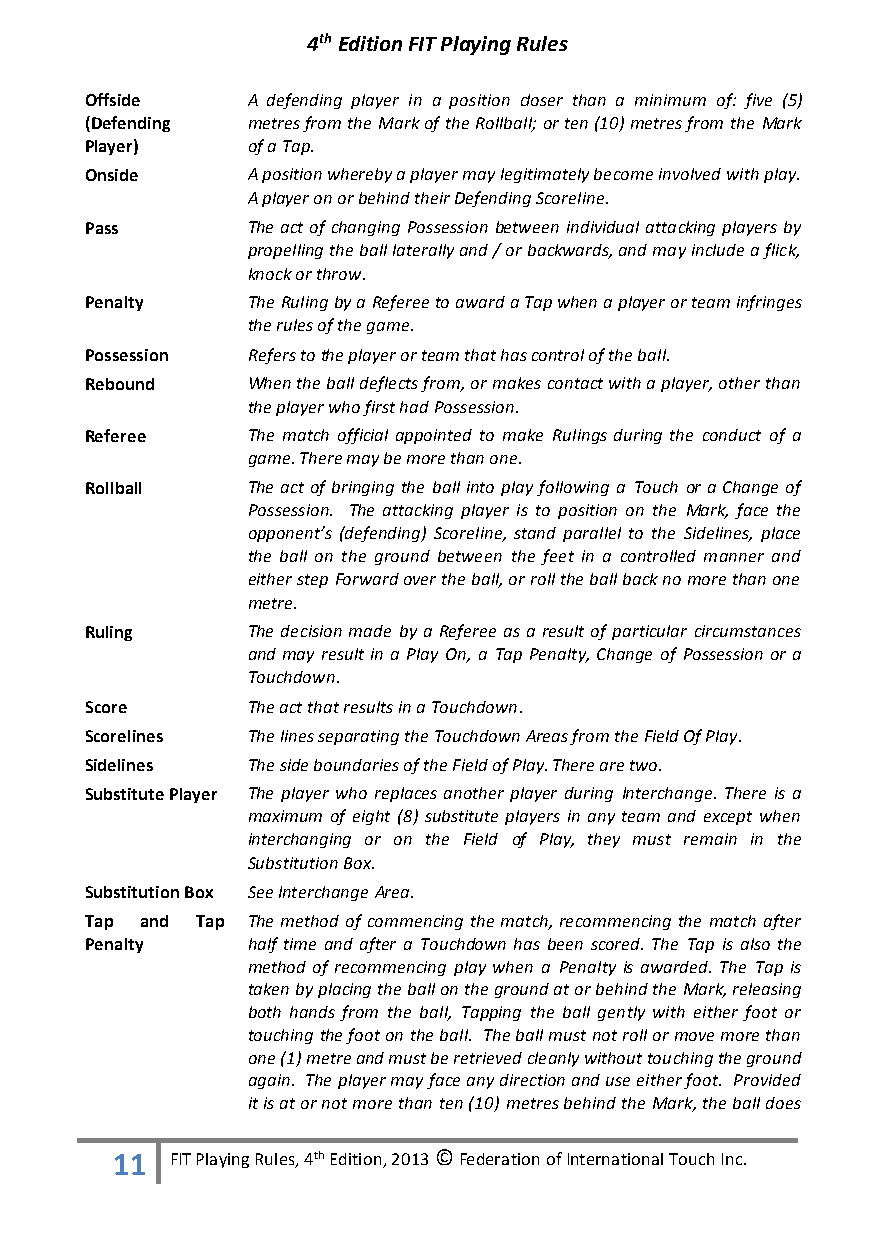
4th Edition FIT Playing Rules
 Offside   A defending player in a position closer than a minimum of: five (5)
 (Defending metres from the Mark of the Rollball; or ten (10) metres from the Mark
 Player)   of a Tap.
 Onside    A position whereby a player may legitimately become involved with play.
 A player on or behind their Defending Scoreline.
 Pass      The act of changing Possession between individual attacking players by
 propelling the ball laterally and / or backwards, and may include a flick,
 knock or throw.
 Penalty   The Ruling by a Referee to award a Tap when a player or team infringes
 the rules of the game.
 Possession Refers to the player or team that has control of the ball.
 Rebound   When the ball deflects from, or makes contact with a player, other than
 the player who first had Possession.
 Referee   The match official appointed to make Rulings during the conduct of a
 game. There may be more than one.
 Rollball  The act of bringing the ball into play following a Touch or a Change of
 Possession. The attacking player is to position on the Mark, face the
 opponent’s (defending) Scoreline, stand parallel to the Sidelines, place
 the ball on the ground between the feet in a controlled manner and
 either step Forward over the ball, or roll the ball back no more than one
 metre.
 Ruling    The decision made by a Referee as a result of particular circumstances
 and may result in a Play On, a Tap Penalty, Change of Possession or a
 Touchdown.
 Score     The act that results in a Touchdown.
 Scorelines The lines separating the Touchdown Areas from the Field Of Play.
 Sidelines The side boundaries of the Field of Play. There are two.
 Substitute Player The player who replaces another player during Interchange. There is a
 maximum of eight (8) substitute players in any team and except when
 interchanging or on the Field of Play, they must remain in the
 Substitution Box.
 Substitution Box See Interchange Area.
 Tap and Tap The method of commencing the match, recommencing the match after
 Penalty   half time and after a Touchdown has been scored. The Tap is also the
 method of recommencing play when a Penalty is awarded. The Tap is
 taken by placing the ball on the ground at or behind the Mark, releasing
 both hands from the ball, Tapping the ball gently with either foot or
 touching the foot on the ball. The ball must not roll or move more than
 one (1) metre and must be retrieved cleanly without touching the ground
 again. The player may face any direction and use either foot. Provided
 it is at or not more than ten (10) metres behind the Mark, the ball does
 11  FIT Playing Rules, 4th Edition, 2013 © Federation of International Touch Inc.